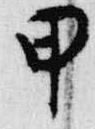
甲